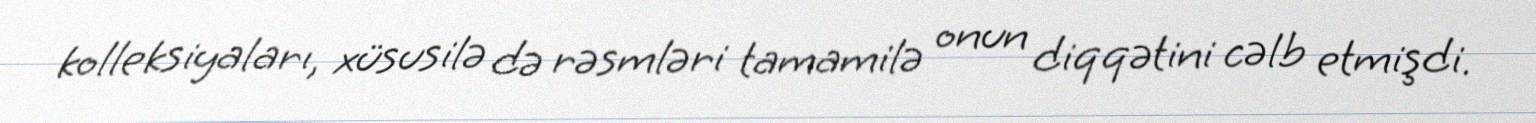
kolleksiyaları, xüsusilə də rəsmləri tamamilə onun diqqətini cəlb etmişdi.